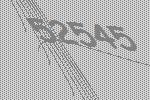
52545